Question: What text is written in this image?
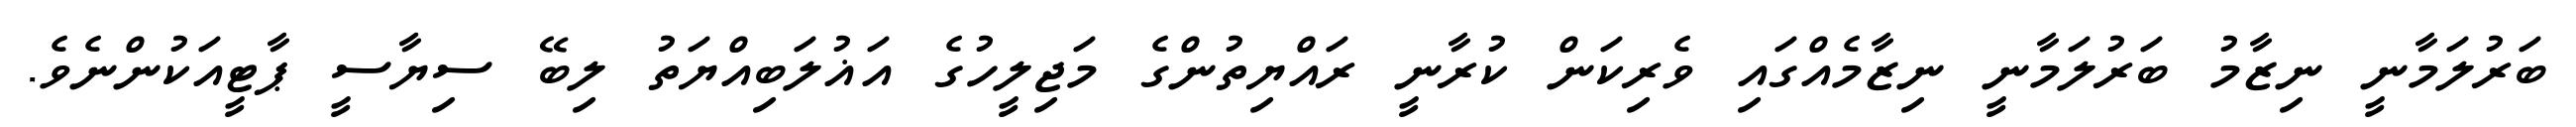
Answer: ބަރުލަމާނީ ނިޒާމު ބަރުލަމާނީ ނިޒާމެއްގައި ވެރިކަން ކުރާނީ ރައްޔިތުންގެ މަޖިލީހުގެ އަޣުލަބިއްޔަތު ލިބޭ ސިޔާސީ ޕާޓީއަކުންނެވެ.